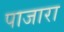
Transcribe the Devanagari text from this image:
पाजारा